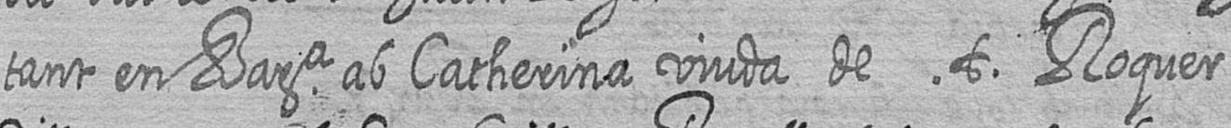
tant en Bara ab Catherina viuda de t Roquer